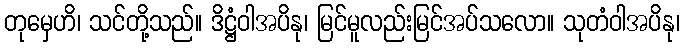
တုမှေဟိ၊ သင်တို့သည်။ ဒိဋ္ဌံဝါအပိနု၊ မြင်မူလည်းမြင်အပ်သလော။ သုတံဝါအပိနု၊